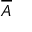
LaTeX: \overline { { A } }